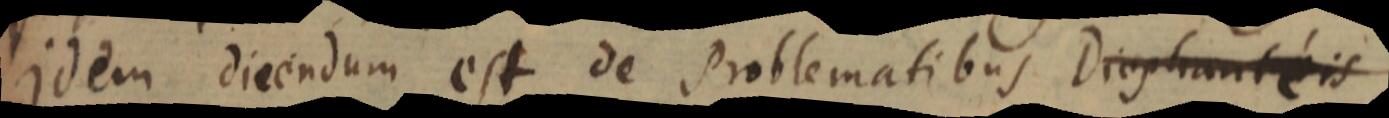
idem dicendum est de Problematibus Diophanteis